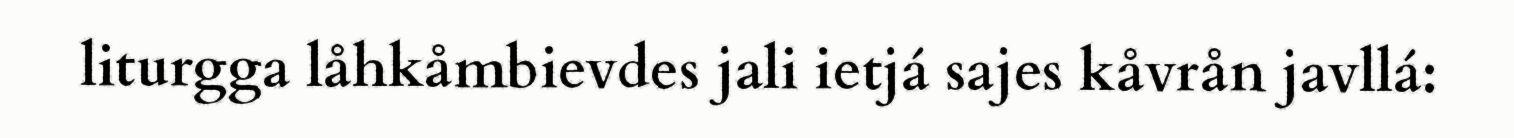
liturgga låhkåmbievdes jali ietjá sajes kåvrån javllá: